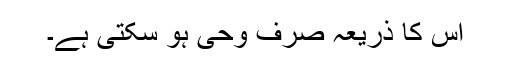
اس کا ذریعہ صرف وحی ہو سکتی ہے۔